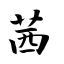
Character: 茜